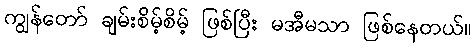
ကျွန်တော် ချမ်းစိမ့်စိမ့် ဖြစ်ပြီး မအီမသာ ဖြစ်နေတယ်။